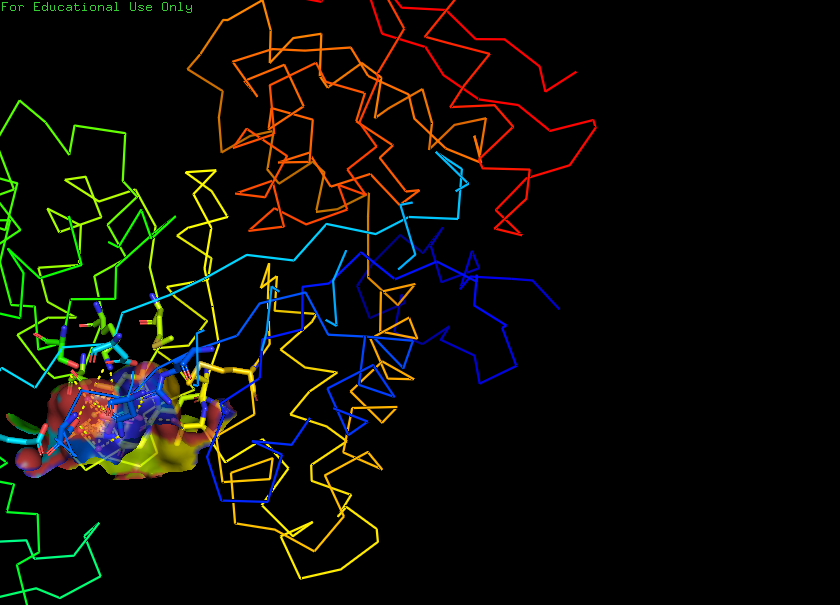
pymol, preset, ligand_sites_trans_hq